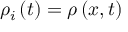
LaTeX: { \rho } _ { i } \left( t \right) = \rho \left( x , t \right)